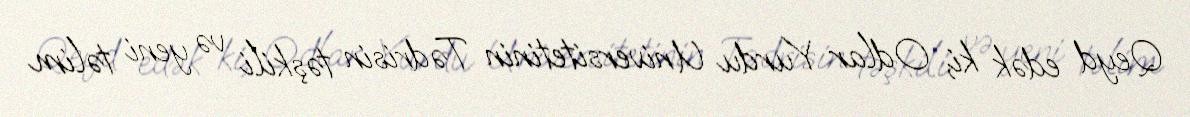
Qeyd edək ki, Odlar Yurdu Universitetinin Tədrisin təşkili və yeni təlim